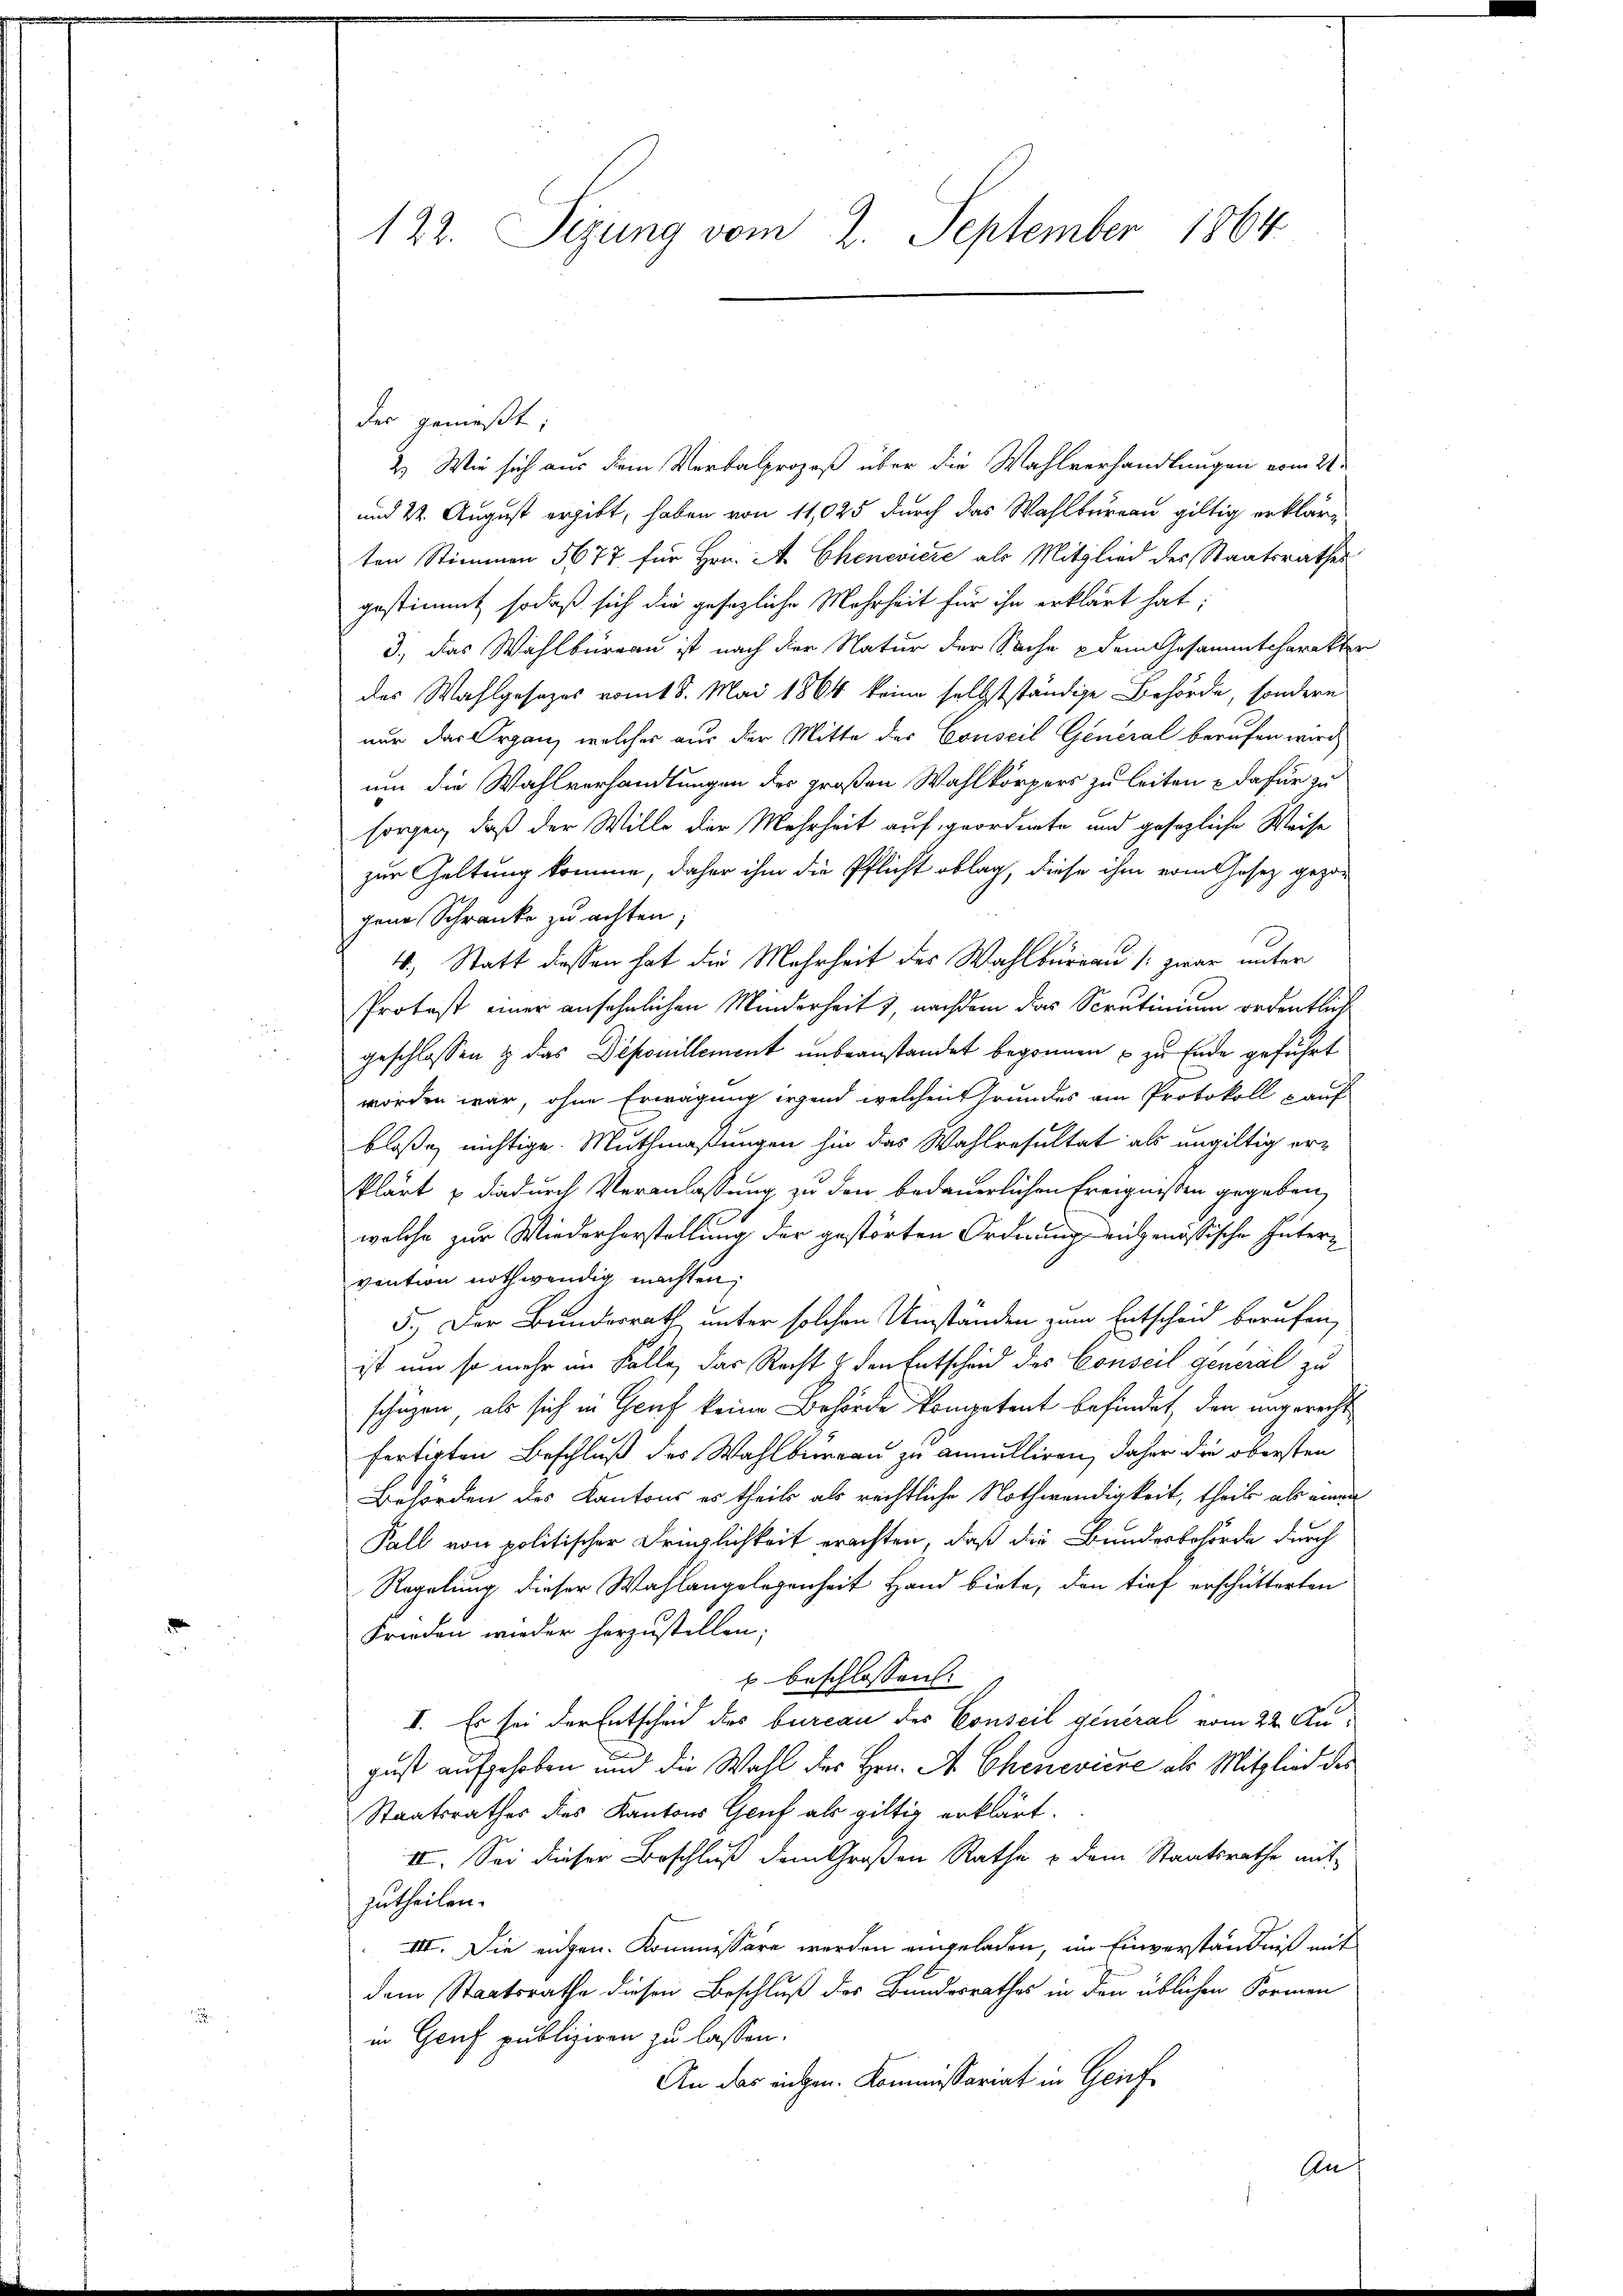
122. Sizung vom 2. September 1864

des genießt:
2.) Wie sich aus dem Verbalprozeß über die Wahlverhandlungen vom 24.
und 24. August ergibt, haben von 11,025 durch das Wahlbureau giltig erkläre
ten Stimmen 5677 für Hrn. A. Chenevicze als Mitglied des Staatsrathes
gestimmt, sodaß sich die gesezliche Mehrheit für ihn erklärt hat;
3., das Wahlbureau ist nach der Natur der Sache & dem Gesammtcharakter
des Wahlgesezes vom 18. Mai 1864 keine selbstständige Behörde, sondern
nur das Organ, welcher aus der Mitte der Conseil General berufen wird
um die Wahlverhandlungen des großen Wahlkörpers zu leiten & dafür zu
sorgen, daß der Wille der Mehrheit auf geordnete und gesezliche Weise
zur Geltung komme, daher ihm die Pflicht oblag, diese ihm vom Gesetz gezogene Schranke zu achten,
4. Statt diessen hat die Mehrheit des Wahlbureau / zwar unter
Protest einer ansehnlichen Minderheits, nachdem das Scrutinium ordentlich
geschlossen & das Deponillement unbeanstandet begonnen u zu Ende geführt
worden war, ohne Erwägung irgend welchen Grundes am Protokoll auf
bloße nichtige Muthmaßungen hin das Wahlresultat als ungültig erklärt & dadurch Veranlassung zu den bedauerlichen Ereignissen gegeben,
welche zur Wiederherstellung der gestörten Ordnung eidgenössische Gütervention nothwendig machten,
5. Der Bunderrath unter solchen Umständen zum Entscheid berufen,
ist um so mehr im Falle, das Recht & den Entscheid des Conseil general zu
schüzen, als sich in Genf keine Behörde kompetent befindet, den angerecht
fertigten Beschluß des Wahlbureau zu annulliren, daher die obersten
Behörden des Kantons es theils als rechtliche Nothwendigkeit, theil als einen
Fall von politischer Dringlichkeit erachten, daß die Bundesbehörde durch
Regelung dieser Wahlangelegenheit Hand biete, den tief erschütterten
Frieden wieder herzustellen;
u beschlossen:
I. Es sei der Entscheid des bureau des Conseil general vom 22. August aufgehoben und die Wahl des Hrn. A Cheneviene als Mitglied des
Staatsrathes des Kantons Gruf als giltig erklärt.
II. Sei dieser Beschluß dem Großen Rathe & dem Staatsrathe mit
zutheilen.
III. Die eidgen. Kommissäre werden eingeladen, im Einverständniß mit
dem Staatsrathe diesen Beschluß des Bundesrathes in den üblichen Formen
in Genf publiziren zu lassen.
An das eigen. Kommissariat in Geif¬
An